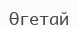
Өгетай